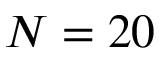
N = 2 0